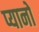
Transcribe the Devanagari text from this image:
प्यानो